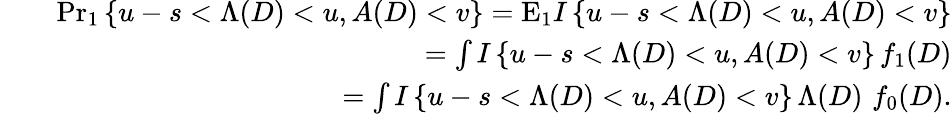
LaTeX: \begin{array}{rlr}&{}&{{\operatorname*{Pr}}_{1}\left\{ u-s<\Lambda(D)<u,A(D)<v\right\} =\mathrm{E}_{1}I\left\{ u-s<\Lambda(D)<u,A(D)<v\right\} }\\ &{}&{\quad=\int I\left\{ u-s<\Lambda(D)<u,A(D)<v\right\} \, f_{1}(D)}\\ &{}&{\quad=\int I\left\{ u-s<\Lambda(D)<u,A(D)<v\right\} \, \Lambda(D)\, \, f_{0}(D).}\end{array}